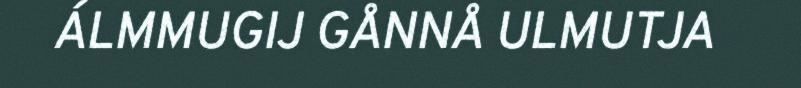
ÁLMMUGIJ GÅNNÅ ULMUTJA